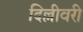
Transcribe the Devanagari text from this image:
दिल्लीवरी